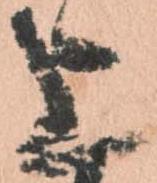
上